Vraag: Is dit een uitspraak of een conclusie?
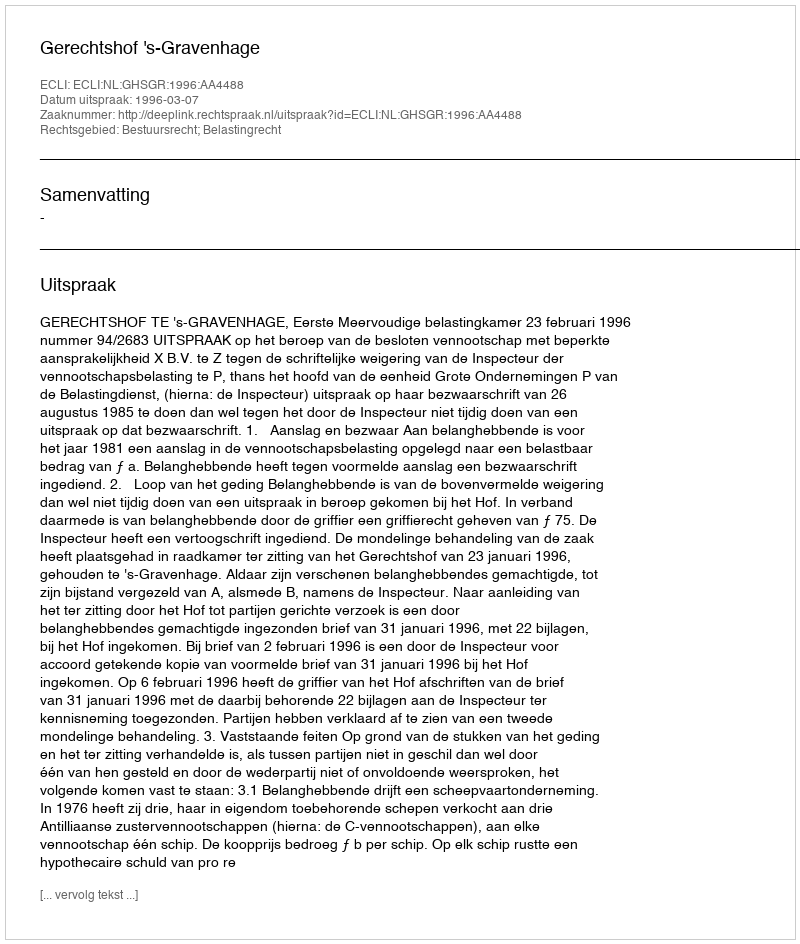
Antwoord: Uitspraak